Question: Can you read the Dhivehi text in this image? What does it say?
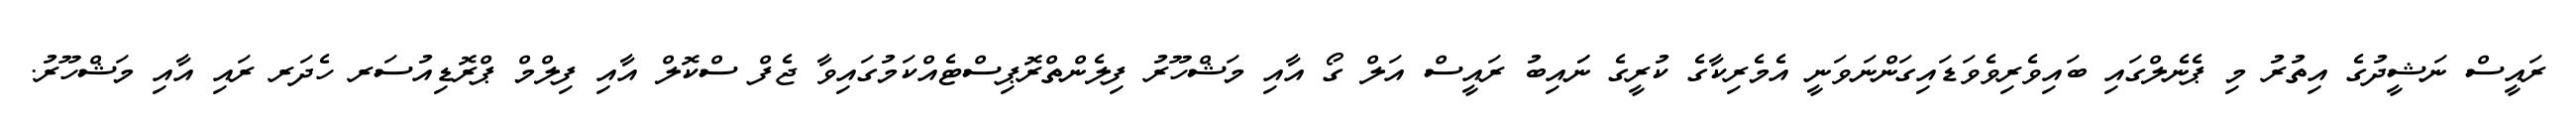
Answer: ރައީސް ނަޝީދުގެ އިތުރު މި ޕެނެލްގައި ބައިވެރިވެވަޑައިގަންނަވަނީ އެމެރިކާގެ ކުރީގެ ނަައިބު ރައީސް އަލް ގޯ އާއި މަޝްހޫރު ފިލެންތްރޮޕިސްޓެއްކަމުގައިވާ ޖެފް ސްކޮލް އާއި ފިލްމް ޕްރޮޑިއުސަރ ހެދަރ ރައި އާއި މަޝްހޫރު.